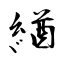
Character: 緧